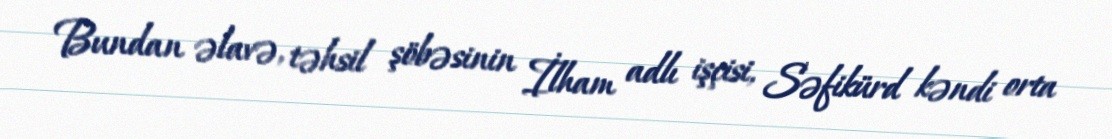
Bundan əlavə, təhsil şöbəsinin İlham adlı işçisi, Səfikürd kəndi orta